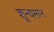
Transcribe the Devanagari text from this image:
शून्यमान